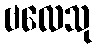
ဗလေသု